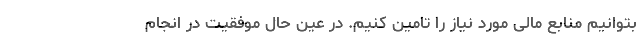
بتوانیم منابع مالی مورد نیاز را تامین کنیم. در عین حال موفقیت در انجام